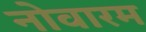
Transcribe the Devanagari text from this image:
नोवारम